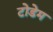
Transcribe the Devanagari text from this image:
टोडेम